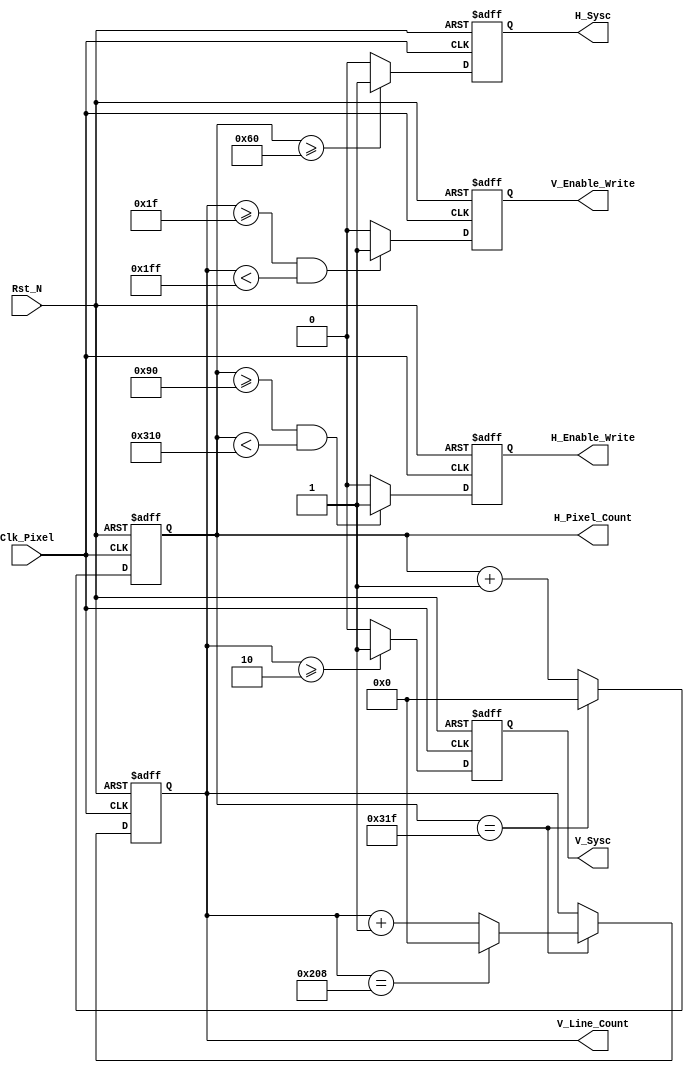
module VGA(
				Rst_N, 
				Clk_Pixel, 
				H_Sysc, 
				V_Sysc,
				H_Enable_Write,
				V_Enable_Write,
				H_Pixel_Count, 
				V_Line_Count				
			 );
			 
    input 					Rst_N;            // system reset signal, asserted by low 
    input 					Clk_Pixel;        // 25Mhz pixel clock
    output 					H_Sysc;           // horizontal sysc signal
    output 					V_Sysc;           // vertical sysc signal
	 output					H_Enable_Write;   // horizontal enable draw signal
	 output					V_Enable_Write;   // vertical enable draw signal

    output 	[9:0] 		H_Pixel_Count;    // current pixel count of horizontal pixel
    output 	[9:0] 		V_Line_Count;		// current line count of vertical pixel
	 
	 reg 						H_Sysc;
    reg 						V_Sysc;
	 reg						H_Enable_Write;
	 reg						V_Enable_Write;
	 reg		[9:0]			H_Pixel_Count;
    reg 		[9:0] 		V_Line_Count;
	 
	 parameter H_PIXELS = 800;
	 parameter V_LINES  = 521;
	 parameter H_ACTIVE_REGION = 640;
	 parameter V_ACTIVE_REGION = 480;
	 parameter H_FRONT_PORCH = 16;
	 parameter H_BACK_PORCH  = 48;
	 parameter V_FRONT_PORCH = 10;
	 parameter V_BACK_PORCH  = 29;
	 parameter H_SYSC_PERIOD = 96;
	 parameter V_SYSC_PERIOD = 2;
	 
	 
	 /////////////////////////////////////////////////////////////////////////////////
	 //                                                                             //
	 // Generate the current horizontal pixel count and vertical line count.        //
	 //                                                                             //        
	 /////////////////////////////////////////////////////////////////////////////////
	 always @ ( posedge Clk_Pixel or negedge Rst_N )
	 begin
		if(!Rst_N)
			begin
				H_Pixel_Count <= 0;
				V_Line_Count  <= 0;
			end
		else
			begin
				H_Pixel_Count <= (H_Pixel_Count==(H_PIXELS-1))?10'h000:H_Pixel_Count+1;
				V_Line_Count  <= (H_Pixel_Count==(H_PIXELS-1))?((V_Line_Count==(V_LINES-1))?10'h000:V_Line_Count+1):V_Line_Count;
			end
	 end
	
	 /////////////////////////////////////////////////////////////////////////////////
	 //                                                                             //
	 // Generate the horizontal sysc pulse signal and vertical sysc pulse signal.   //
	 // The sysc signal is active by 0                                              //
	 //                                                                             //
	 /////////////////////////////////////////////////////////////////////////////////
	 always @ ( posedge Clk_Pixel or negedge Rst_N )
	 begin
		if(!Rst_N)
			begin
				H_Sysc <= 0;
				V_Sysc <= 0;
			end
		else
			begin
				H_Sysc <= ( H_Pixel_Count>= H_SYSC_PERIOD )?1:0;								
				V_Sysc <= ( V_Line_Count>= V_SYSC_PERIOD )?1:0;				
			end
	 end
	 
	 /////////////////////////////////////////////////////////////////////////////////
	 //                                                                             //
	 // Generate the enable signal to write into RGB                               //
	 //                                                                             //
	 /////////////////////////////////////////////////////////////////////////////////
	 always @ ( posedge Clk_Pixel or negedge Rst_N )
	 begin
		if(!Rst_N)
			begin
				H_Enable_Write <= 0;
				V_Enable_Write <= 0;
			end
		else
			begin
				H_Enable_Write <= ( (H_Pixel_Count >= (H_SYSC_PERIOD+H_BACK_PORCH))&&
										  (H_Pixel_Count < (H_SYSC_PERIOD+H_BACK_PORCH+H_ACTIVE_REGION)) )?1:0;								
				V_Enable_Write <= ( (V_Line_Count >= (V_SYSC_PERIOD+V_BACK_PORCH))&&
										  (V_Line_Count < (V_SYSC_PERIOD+V_BACK_PORCH+V_ACTIVE_REGION)) )?1:0;
			end
	 end

endmodule